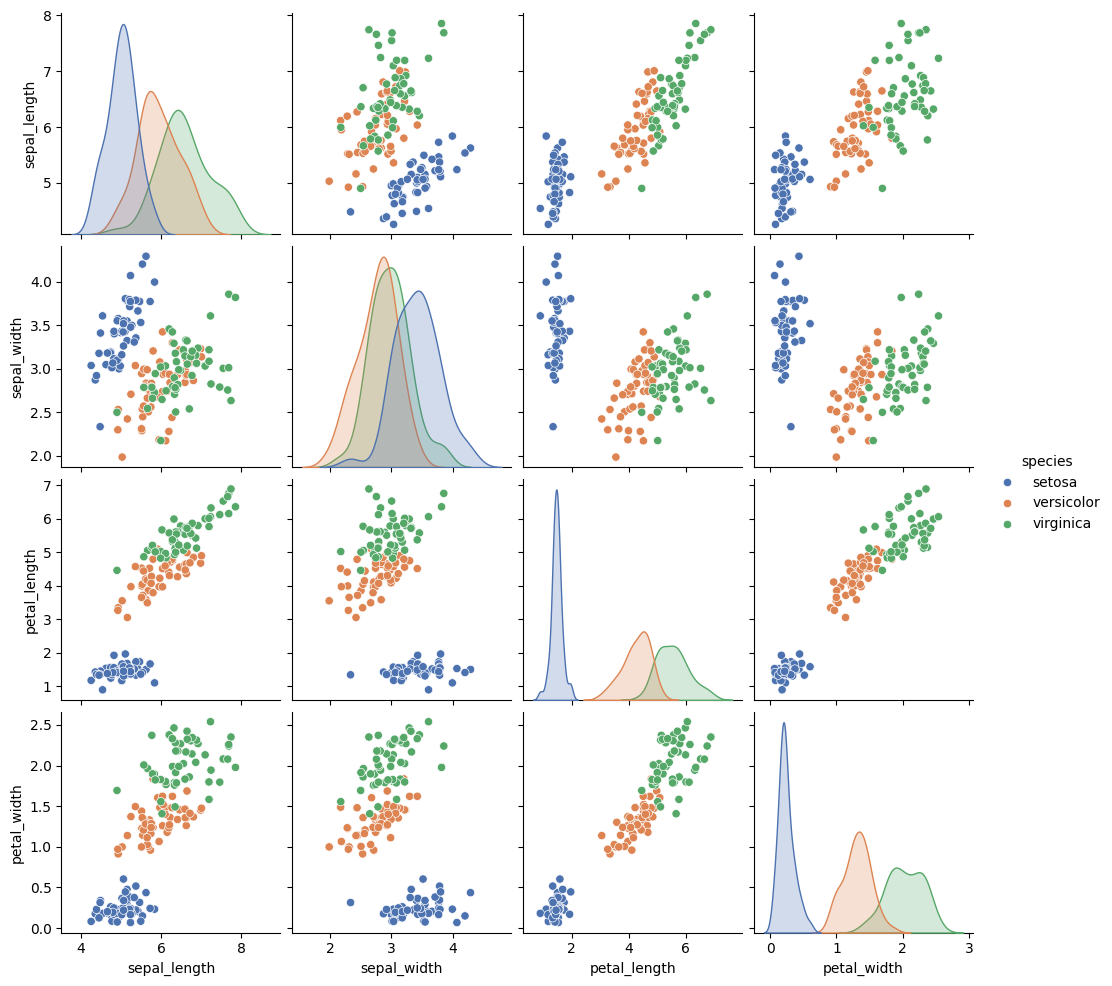
python, seaborn, pairplot, palette='deep', markers=['o'], kind='scatter', diag_kind='auto'